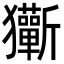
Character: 玂